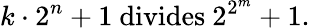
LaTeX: k\cdot 2^{n}+1{\mathrm{~divides~}}2^{2^{m}}+1.